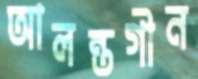
আলন্তগীন